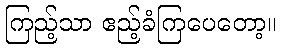
ကြည့်သာ ဧည့်ခံကြပေတော့။